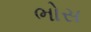
ભોસ